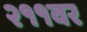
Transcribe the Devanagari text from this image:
२११वर